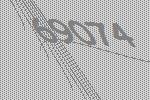
69074